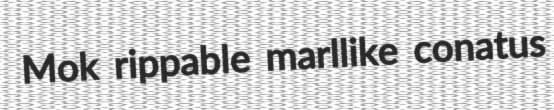
Mok rippable marllike conatus